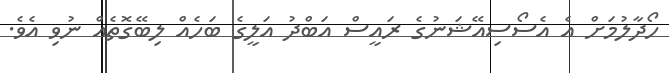
ހޯދާލުމަށް އެ އެސޯސިއޭޝަނުގެ ރައީސް އަބްދު އަލީގެ ބަހެއް ލިބޭގޮތެއް ނުވި އެވެ.